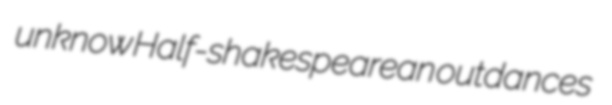
unknow Half-shakespearean outdances